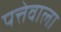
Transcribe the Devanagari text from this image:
पत्तेवाला